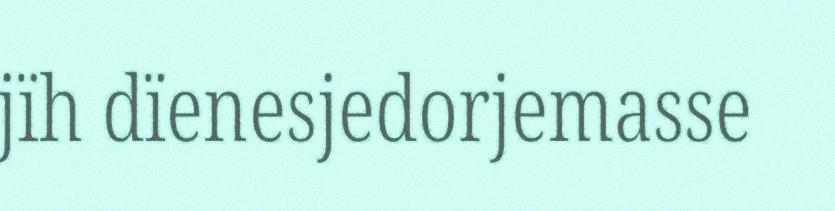
jïh dïenesjedorjemasse